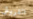
القروش